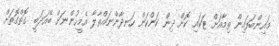
މައިންބަފައިން ތިމާއަށް ޓަކައި ކޮށް ދިން ކަންކަން ހަނދާންނައްތާލާ އެމީހުންނަށް ބޭއަދަބީ ގޮތްގޮތަށް